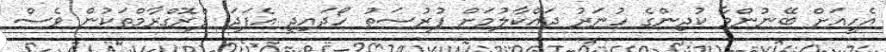
އެހީއަށް ބޭނުންވާ ކުދިންގެ ހުނަރު ދައްކާލުމަށް ފުރުސަތު ހޯދައިދީ އެފަދަ ޕްރޮގްރާމްތަކުން ވެސް